Leaving Certificate, 1901
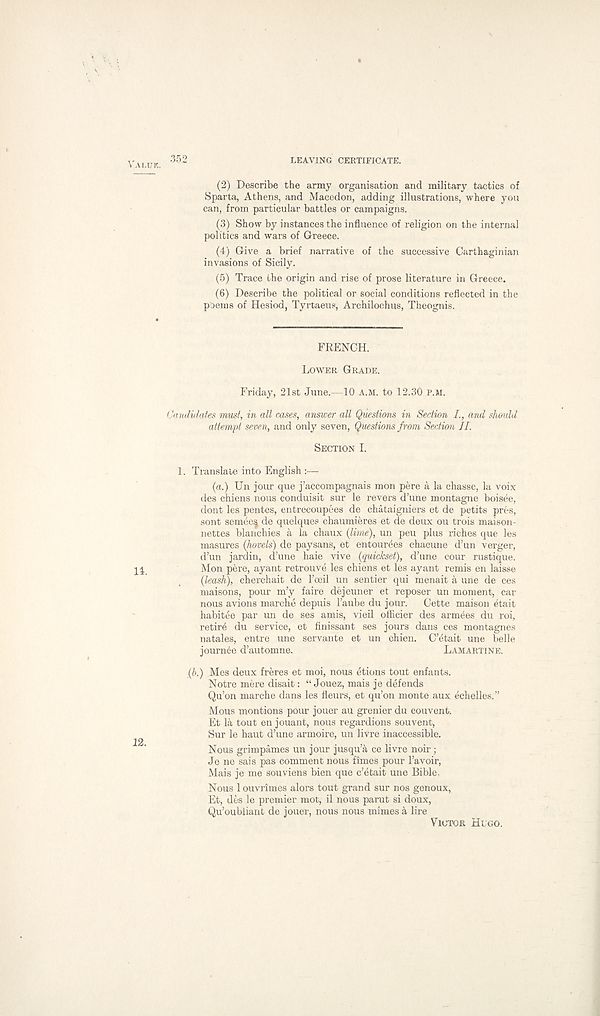
VA LUK. 352
LEAVING CERTIFICATE.
(2) Describe the army organisation and military tactics of
Sparta, Athens, and Macedon, adding illustrations, where you
can, from particular battles or campaigns.
(3) Show by instances the influence of religion on the internal
politics and wars of Greece.
(4) Give a brief narrative of the successive Carthaginian
invasions of Sicily.
(5) Trace the origin and rise of prose literature in Greece.
(6) Describe the political or social conditions reflected in the
poems of Hesiod, Tyrtaeus, Archilochus, Theognis.
FRENCH.
LOWER GRADE.
Friday, 21st June.—10 A.M. to 12.30 P.M.
Candidates must, in all cases, answer all Questions in Section /., and should
attempt seven, and only seven, Questions from Section 77.
SECTION I.
1. Translate into English :—
(a.) Un jour que j’accompagnais mon pere a la chasse, la voix
des chiens nous conduisit sur le revers d’une montagne boisee,
dont les pentes, entrecoupees de chataigniers et de petits pres,
sont semee^ de quelques chaumieres et de deux ou trois maison-
nettes blanchies a la chaux (lime), un peu plus riches que les
masures (hovels) de paysans, et entourees chacune d’un verger,
d’un jardin, d’une haie vive (quickset), d’une cour rustique.
^
Mon pere, ayant retrouve les chiens et les ay ant remis en laisse
(leash), cherchait de 1’ceil un sentier qui menait a une de ces
maisons, pour m’y faire dejeuner et reposer un moment, car
nous avions marche depuis 1’aube du jour.
Cette maison etait
habitee par un de ses amis, vieil officier des armees du roi,
retire du service, et finissant ses jours dans ces montagnes
natales, entre une servante et un chien. C’etait une belle
journee d’automne.
LAMARTINE.
(b.) Mes deux freres et moi, nous etions tout enfants.
Notre mere disait: “ Jouez, mais je defends
Qu’on marche dans les fleurs, et qu’on monte aux echelles.”
Mous mentions pour jouer au grenier du couvent.
Et la tout en jouant, nous regard!ons souvent,
Sur le haut d’une armoire, un livre inaccessible.
12
Nous grimpames un jour jusqu’a ce livre noir;
Je ne sais pas comment nous fimes pour 1’avoir,
Mais je me souviens bien que c’etait une Bible,
Nous 1 ouvrimes alors tout grand sur nos genoux,
Et, des le premier mot, il nous parut si doux,
Qu’oubiiant de jouer, nous nous mimes a lire
VICTOR HUGO.